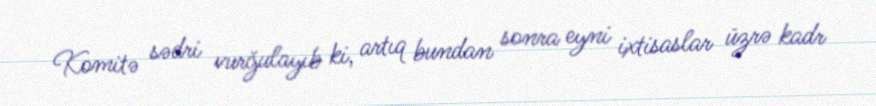
Komitə sədri vurğulayıb ki, artıq bundan sonra eyni ixtisaslar üzrə kadr